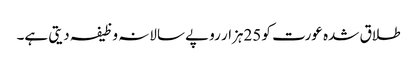
طلاق شدہ عورت کو 25ہزار روپے سالانہ وظیفہ دیتی ہے۔